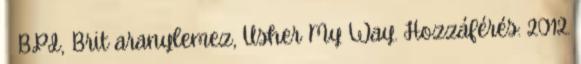
↑ BPI, Brit aranylemez, Usher My Way. Hozzáférés: 2012.